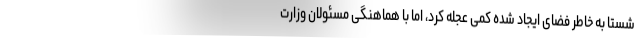
شستا به خاطر فضای ایجاد شده کمی عجله کرد، اما با هماهنگی مسئولان وزارت